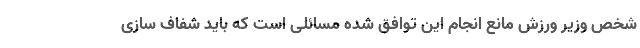
شخص وزیر ورزش مانع انجام این توافق شده مسائلی است که باید شفاف سازی